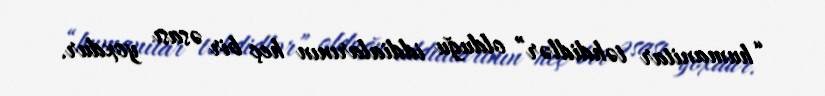
“humanitar təhdidlər” olduğu iddialarının heç bir əsası yoxdur.